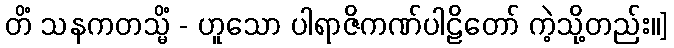
တိံ သနကတသ္မိံ - ဟူသော ပါရာဇိကဏ်ပါဠိတော် ကဲ့သို့တည်း။]